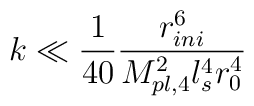
k \ll\frac{1}{40} \frac{r_{ini}^6}{M_{pl,4}^2 l_s^4 r_0^4}